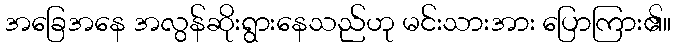
အခြေအနေ အလွန်ဆိုးရွားနေသည်ဟု မင်းသားအား ပြောကြား၏။